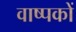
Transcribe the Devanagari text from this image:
वाष्पकों